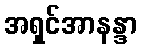
အရှင်အာနန္ဒာ